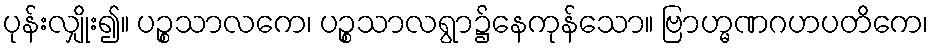
ပုန်းလျှိုး၍။ ပဉ္စသာလကေ၊ ပဉ္စသာလရွာ၌နေကုန်သော။ ဗြာဟ္မဏဂဟပတိကေ၊